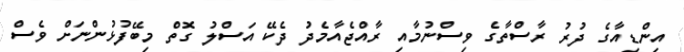
އިންޑިއާގެ ދުރު ރާސްތާގެ ވިސްނުމާއި ރާއްޖެއާމެދު ދެކޭ އަސްލު ގޮތް މިބޭފުޅުންނަށް ވެސް